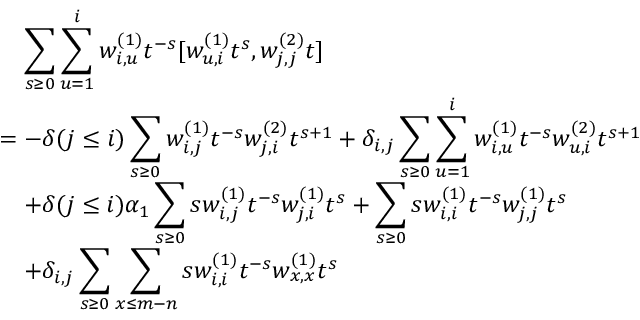
\begin{array} { r l } & { \quad \displaystyle \sum _ { s \geq 0 } \displaystyle \sum _ { u = 1 } ^ { i } w _ { i , u } ^ { ( 1 ) } t ^ { - s } [ w _ { u , i } ^ { ( 1 ) } t ^ { s } , w _ { j , j } ^ { ( 2 ) } t ] } \\ & { = - \delta ( j \leq i ) \displaystyle \sum _ { s \geq 0 } w _ { i , j } ^ { ( 1 ) } t ^ { - s } w _ { j , i } ^ { ( 2 ) } t ^ { s + 1 } + \delta _ { i , j } \displaystyle \sum _ { s \geq 0 } \sum _ { u = 1 } ^ { i } w _ { i , u } ^ { ( 1 ) } t ^ { - s } w _ { u , i } ^ { ( 2 ) } t ^ { s + 1 } } \\ & { \quad + \delta ( j \leq i ) \alpha _ { 1 } \displaystyle \sum _ { s \geq 0 } s w _ { i , j } ^ { ( 1 ) } t ^ { - s } w _ { j , i } ^ { ( 1 ) } t ^ { s } + \displaystyle \sum _ { s \geq 0 } s w _ { i , i } ^ { ( 1 ) } t ^ { - s } w _ { j , j } ^ { ( 1 ) } t ^ { s } } \\ & { \quad + \delta _ { i , j } \displaystyle \sum _ { s \geq 0 } \sum _ { x \leq m - n } s w _ { i , i } ^ { ( 1 ) } t ^ { - s } w _ { x , x } ^ { ( 1 ) } t ^ { s } } \end{array}